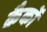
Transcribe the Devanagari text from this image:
क्रैकों